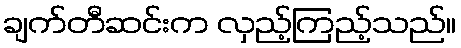
ချက်တီဆင်းက လှည့်ကြည့်သည်။